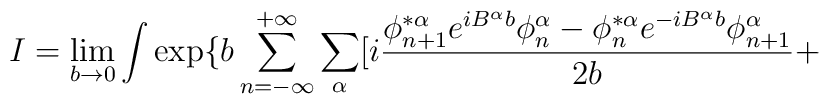
I=\lim_{b \rightarrow 0} \int \exp \{b \sum_{n=-\infty}^{+ \infty} \sum_{\alpha} [i \frac{ \phi^{*\alpha}_{n+1}e^{iB^{\alpha}b} \phi^{\alpha}_n- \phi^{*\alpha}_ne^{-iB^{\alpha}b} \phi^{\alpha}_{n+1}}{2b} +